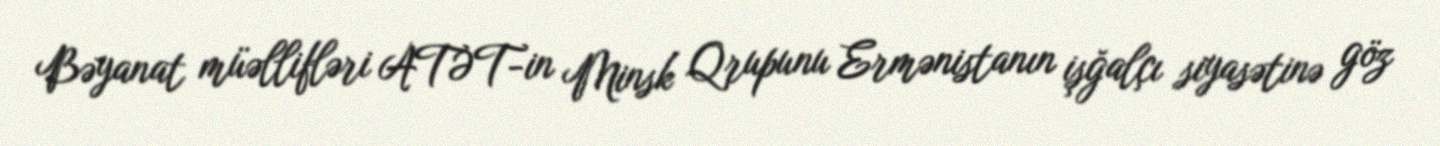
Bəyanat müəllifləri ATƏT-in Minsk Qrupunu Ermənistanın işğalçı siyasətinə göz